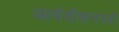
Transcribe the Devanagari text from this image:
आर्चडीकनपदी